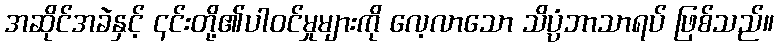
အဆိုင်အခဲနှင့် ၎င်းတို့၏ပါဝင်မှုများကို လေ့လာသော သိပ္ပံဘာသာရပ် ဖြစ်သည်။